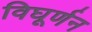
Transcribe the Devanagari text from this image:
विघूर्णन